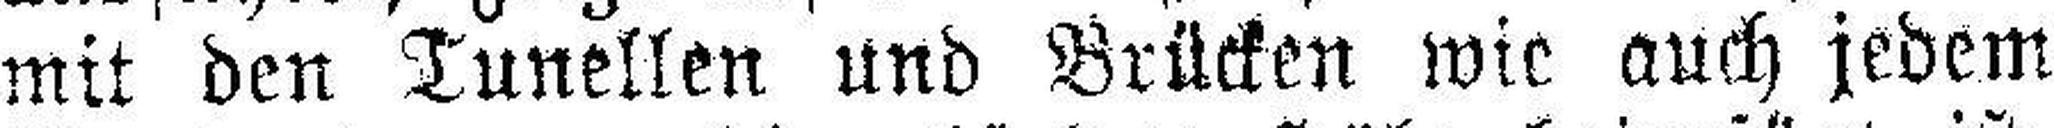
mit den Tunellen und Brücken wie auch jedem